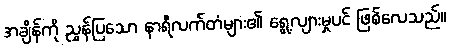
အချိန်ကို ညွှန်ပြသော နာရီလက်တံများ၏ ရွေ့လျားမှုပင် ဖြစ်လေသည်။